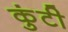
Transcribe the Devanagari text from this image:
कुंटी